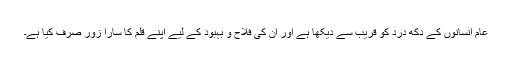
عام انسانوں کے دُکھ درد کو قریب سے دیکھا ہے اور اُن کی فلاح و بہبود کے لیے اپنے قلم کا سارا زور صرف کیا ہے۔